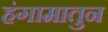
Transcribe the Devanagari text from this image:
हंगामातुन